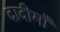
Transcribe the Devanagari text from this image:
दादीमाँ